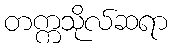
တက္ကသိုလ်ဆရာ